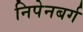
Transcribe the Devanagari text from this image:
निपेनबर्ग